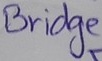
Text: Bridge